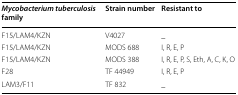
<table><thead><tr><td><b><i>Mycobacterium tuberculosis</i> family</b></td><td><b>Strain number</b></td><td><b>Resistant to</b></td></tr></thead><tbody><tr><td>F15/LAM4/KZN</td><td>V4027</td><td>_</td></tr><tr><td>F15/LAM4/KZN</td><td>MODS 688</td><td>I, R, E, P</td></tr><tr><td>F15/LAM4/KZN</td><td>MODS 388</td><td>I, R, E, P, S, Eth, A, C, K, O</td></tr><tr><td>F28</td><td>TF 44949</td><td>I, R, E, P</td></tr><tr><td>LAM3/F11</td><td>TF 832</td><td>_</td></tr></tbody></table>